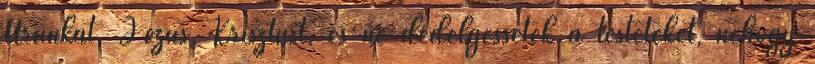
Urunkat, Jézus Krisztust, és ne dédelgessétek a testeteket, nehogy